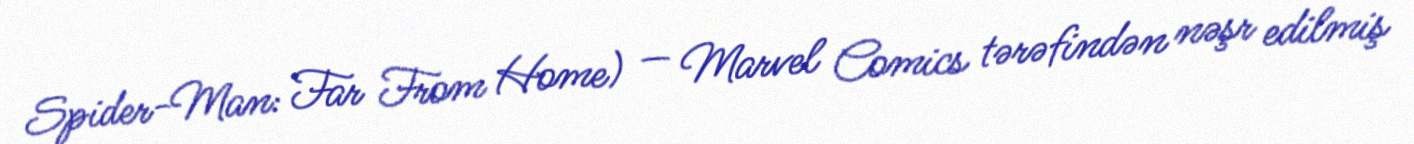
Spider-Man: Far From Home) — Marvel Comics tərəfindən nəşr edilmiş